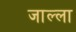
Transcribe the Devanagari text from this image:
जाल्ला